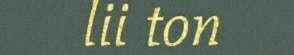
lii ton